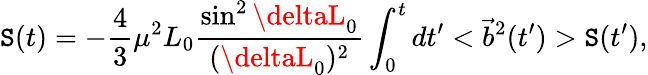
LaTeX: \mathtt{S}(t)=-\frac{4}{3}\mu^{2}L_{0}\frac{{\sin^{2}\deltaL_{0}}}{{(\deltaL_{0})^{2}}}\int_{0}^{t}dt^{\prime}<\vec{{b}}^{2}(t^{\prime})>\mathtt{S}(t^{\prime}),